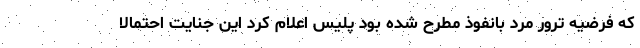
که فرضیه ترور مرد بانفوذ مطرح شده بود پلیس اعلام کرد این جنایت احتمالا